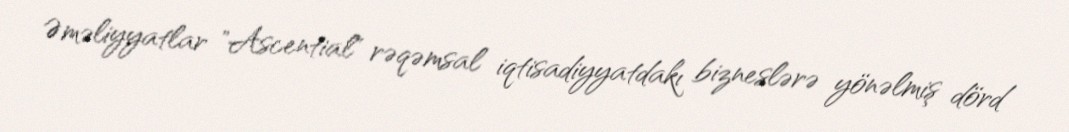
Əməliyyatlar "Ascential" rəqəmsal iqtisadiyyatdakı bizneslərə yönəlmiş dörd